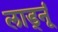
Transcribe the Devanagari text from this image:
लाड्नूं